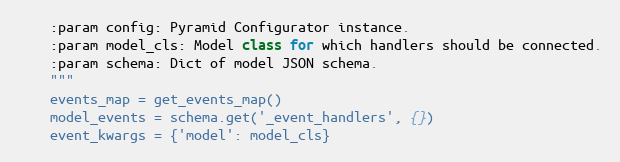
Language: Python
    :param config: Pyramid Configurator instance.
    :param model_cls: Model class for which handlers should be connected.
    :param schema: Dict of model JSON schema.
    """
    events_map = get_events_map()
    model_events = schema.get('_event_handlers', {})
    event_kwargs = {'model': model_cls}